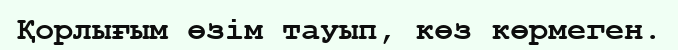
Қорлығым өзім тауып, көз көрмеген.